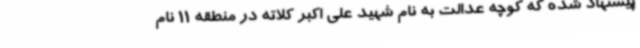
پیشنهاد شده که کوچه عدالت به نام شهید علی اکبر کلاته در منطقه 11 نام